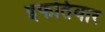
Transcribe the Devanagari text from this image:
इफतियार